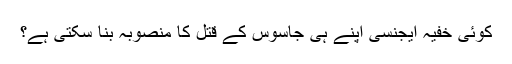
کوئی خفیہ ایجنسی اپنے ہی جاسوس کے قتل کا منصوبہ بنا سکتی ہے؟